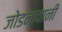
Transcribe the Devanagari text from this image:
जोडनावानी